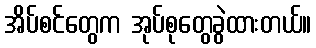
အိပ်စင်တွေက အုပ်စုတွေခွဲထားတယ်။